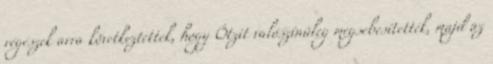
régészek arra következtettek, hogy Ötzit valószínűleg megsebesítették, majd az